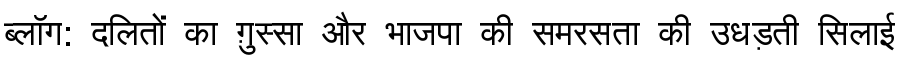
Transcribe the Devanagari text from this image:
ब्लॉग: दलितों का ग़ुस्सा और भाजपा की समरसता की उधड़ती सिलाई